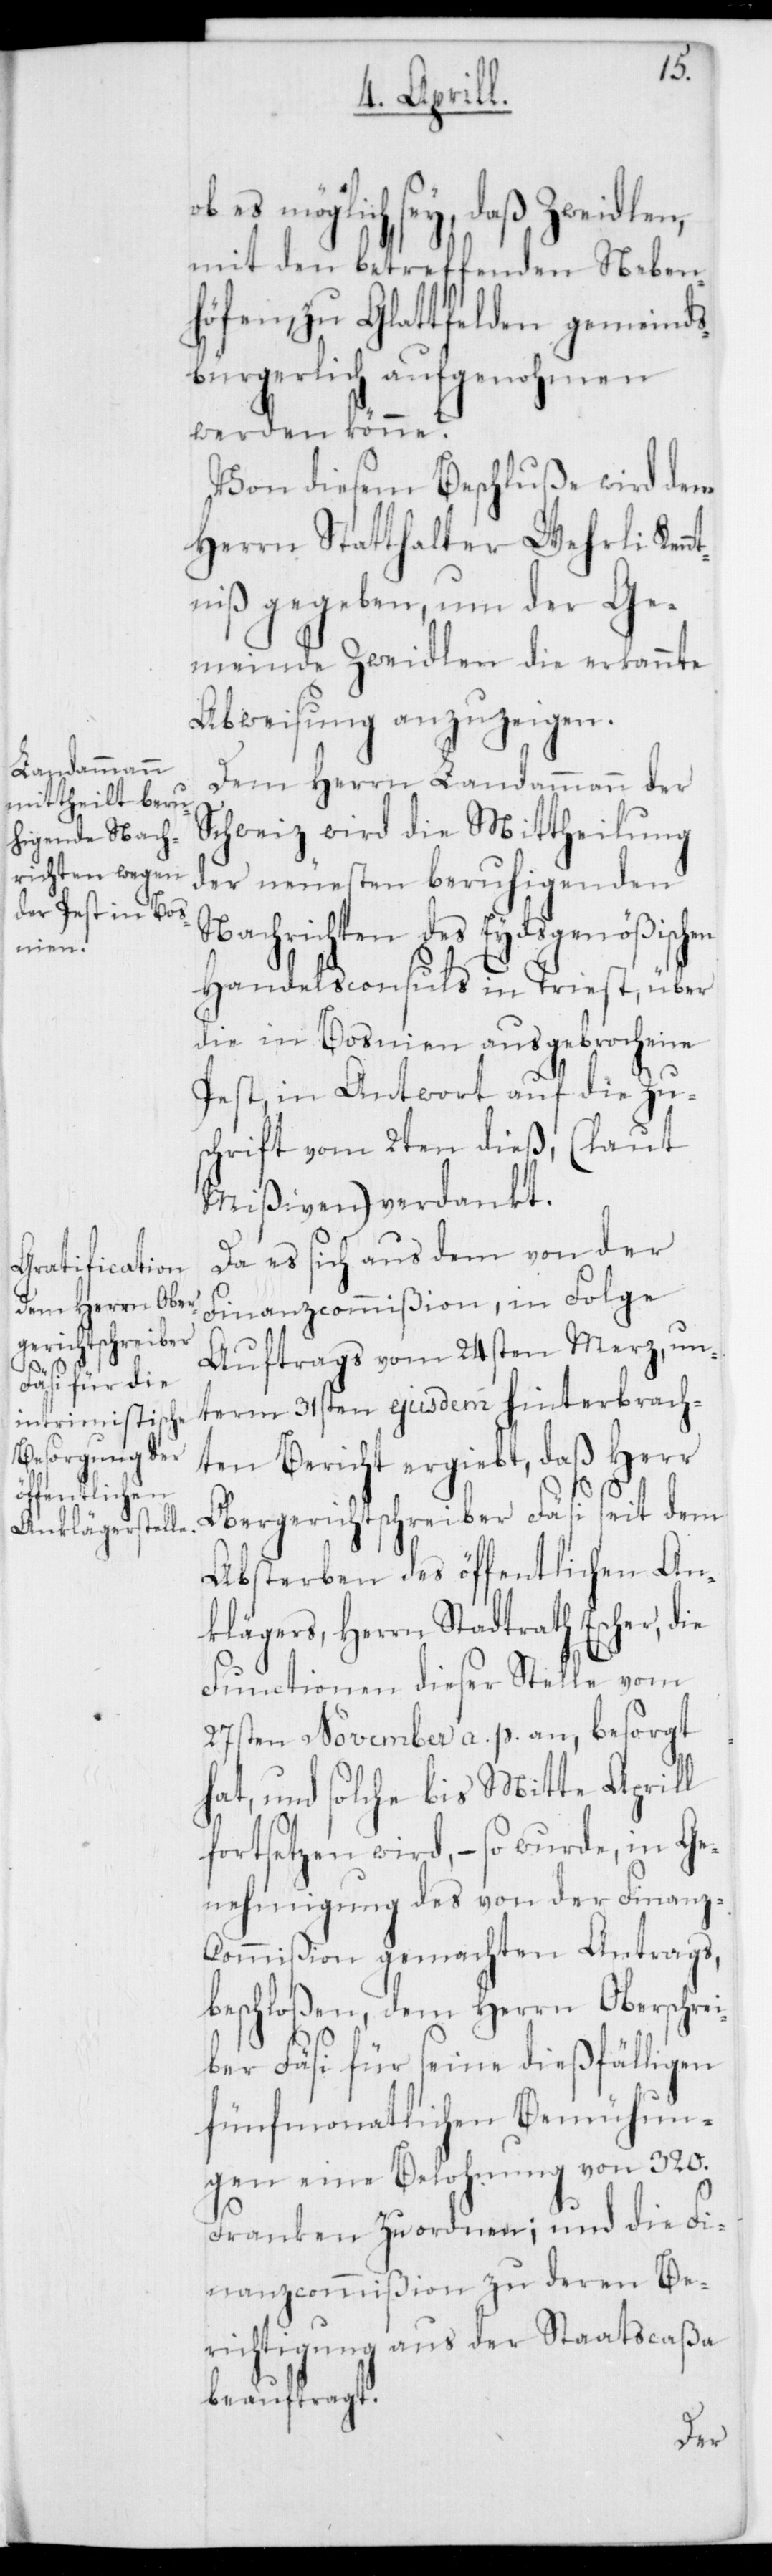
ob es möglich sey, daß Zweidlen,
mit den betreffenden Neben¬
höfen, zu Glattfelden gemeinds¬
bürgerlich aufgenohmen
werden könne.
Von diesem Beschluße wird dem
Herrn Statthalter Wehrli Ken¬
ntniß gegeben, um der Ge¬
meinde Zweidlen die erkannte
Abweisung anzuzeigen.
Dem Herrn Landammann der
Schweiz wird die Mittheilung
der neuesten beruhigenden
Nachrichten des Eydsgenößischen
Handelsconsuls in Triest, über
die in Bosnien ausgebrochene
Pest, in Antwort auf die Zu¬
schrift vom 2ten dieß, (laut
Mißiven) verdankt.
Da es sich aus dem von der
Finanzcommißion, in Folge
Auftrags vom 24sten Merz, un¬
term 31sten ejusdem hinterbrach¬
ten Bericht ergibt, daß Herr
Obergerichtschreiber Fäsi seit dem
Absterben des öffentlichen An¬
klägers, Herrn Stadtrath Escher, die
Functionen dieser Stelle vom
27sten November a. p. an, besorgt
hat, und solche bis Mitte Aprill
fortsetzen wird, – so wurde, in Ge¬
nehmigung des von der Finanz¬
commißion gemachten Antrags,
beschloßen, dem Herrn Oberschrei¬
ber Fäsi für seine dießfälligen
fünfmonatlichen Bemühun¬
gen eine Belohnung von 320.
Franken zu ordnen; und die Fi¬
nanzcommißion zu deren Be¬
richtigung aus der Staatscaßa
beauftragt.